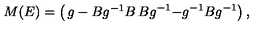
M ( E ) = \left( \begin{matrix} { g - B g ^ { - 1 } B } & { B g ^ { - 1 } } \\ { - g ^ { - 1 } B } & { g ^ { - 1 } } \\ \end{matrix} \right) ,